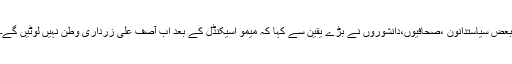
بعض سیاستدانون ،صحافیوں،دانشوروں نے بڑے یقین سے کہا کہ میمو اسیکنڈل کے بعد اب آصف علی زرداری وطن نہیں لوٹیں گے۔